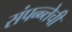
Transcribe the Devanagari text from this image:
संपन्न्तेची